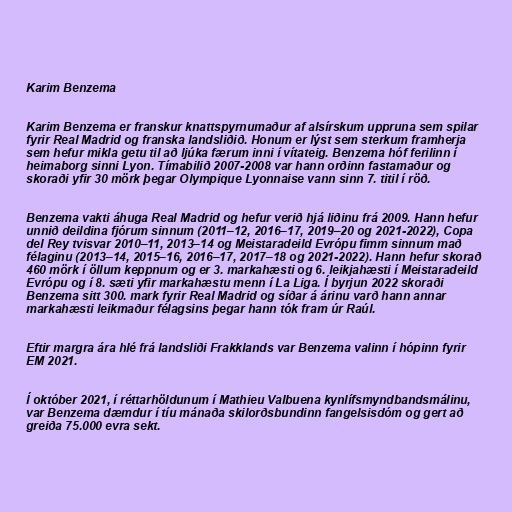
Karim Benzema

Karim Benzema er franskur knattspyrnumaður af alsírskum uppruna sem spilar
fyrir Real Madrid og franska landsliðið. Honum er lýst sem sterkum framherja
sem hefur mikla getu til að ljúka færum inni í vítateig. Benzema hóf ferilinn í
heimaborg sinni Lyon. Tímabilið 2007-2008 var hann orðinn fastamaður og
skoraði yfir 30 mörk þegar Olympique Lyonnaise vann sinn 7. titil í röð.

Benzema vakti áhuga Real Madrid og hefur verið hjá liðinu frá 2009. Hann hefur
unnið deildina fjórum sinnum (2011–12, 2016–17, 2019–20 og 2021-2022), Copa
del Rey tvisvar 2010–11, 2013–14 og Meistaradeild Evrópu fimm sinnum mað
félaginu (2013–14, 2015–16, 2016–17, 2017–18 og 2021-2022). Hann hefur skorað
460 mörk í öllum keppnum og er 3. markahæsti og 6. leikjahæsti í Meistaradeild
Evrópu og í 8. sæti yfir markahæstu menn í La Liga. Í byrjun 2022 skoraði
Benzema sitt 300. mark fyrir Real Madrid og síðar á árinu varð hann annar
markahæsti leikmaður félagsins þegar hann tók fram úr Raúl.

Eftir margra ára hlé frá landsliði Frakklands var Benzema valinn í hópinn fyrir
EM 2021.

Í október 2021, í réttarhöldunum í Mathieu Valbuena kynlífsmyndbandsmálinu,
var Benzema dæmdur í tíu mánaða skilorðsbundinn fangelsisdóm og gert að
greiða 75.000 evra sekt.